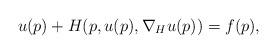
LaTeX: \begin{align*}u(p)+H(p, u(p), \nabla_H u(p))=f(p) ,\end{align*}